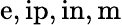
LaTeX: \mathrm{e,ip,in,m}